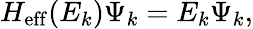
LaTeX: H_{\mathrm{eff}}(E_{k})\Psi_{k}=E_{k}\Psi_{k},